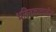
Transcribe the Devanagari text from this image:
भक्तिकाळातील